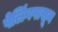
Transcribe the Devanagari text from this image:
पेलिंगपासून